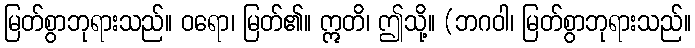
မြတ်စွာဘုရားသည်။ ဝရော၊ မြတ်၏။ ဣတိ၊ ဤသို့။ (ဘဂဝါ၊ မြတ်စွာဘုရားသည်။